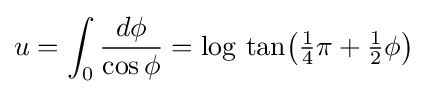
u=\int _{0}{\frac {d\phi }{\cos \phi }}={\log \,\tan }{\bigl (}{\tfrac {1}{4}}\pi +{\tfrac {1}{2}}\phi {\bigr )}